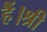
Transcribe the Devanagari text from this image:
हैं।श्री